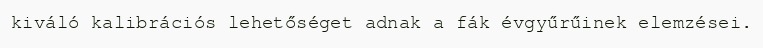
kiváló kalibrációs lehetőséget adnak a fák évgyűrűinek elemzései.